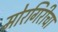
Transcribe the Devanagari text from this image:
मोरगिरीचा